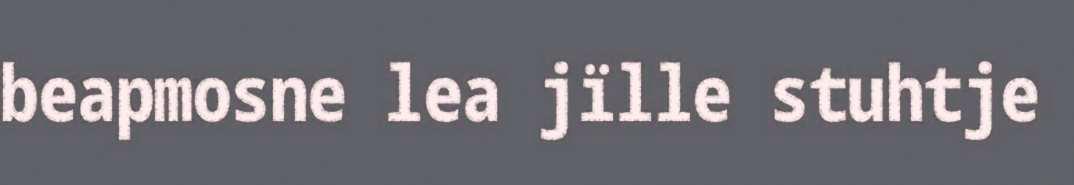
beapmosne lea jïlle stuhtje